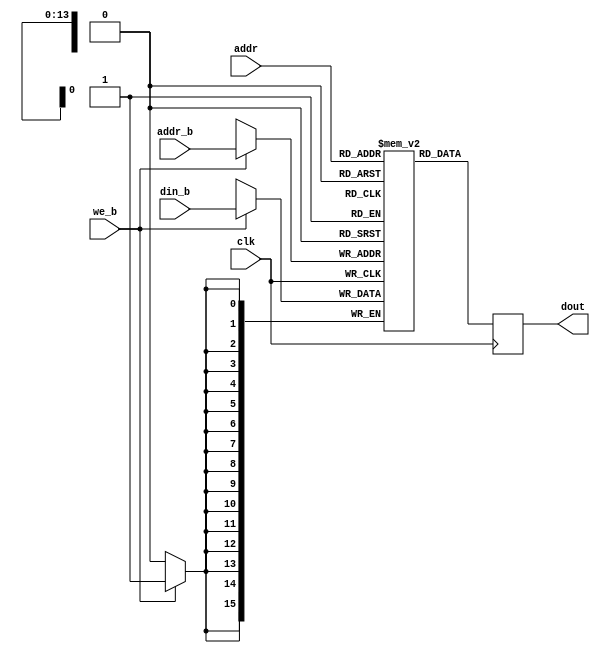
module gamerom (
  input             clk,
  input [14:1]      addr,
  output reg [15:0] dout,
  input             we_b,
  input [14:1]      addr_b,
  input [15:0]      din_b
);

  parameter MEM_INIT_FILE = "";
   
  reg [15:0] rom [0:16383];

  initial
    if (MEM_INIT_FILE != "")
      $readmemh(MEM_INIT_FILE, rom);
   
  always @(posedge clk) begin
    dout <= rom[addr];
  end

  always @(posedge clk) begin
    if (we_b)
      rom[addr_b] <= din_b;
  end

endmodule